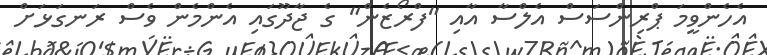
އެހެންވީމަ ޕްރިންސަސް އެލްސާ އާއި "ފްރޯޒެން" ގެ ޖާދޫގައި އެންމެން ވެސް ރަނގަޅަށް